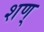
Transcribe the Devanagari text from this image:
शण्